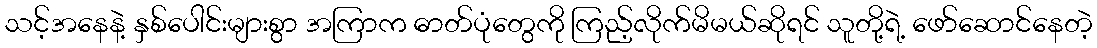
သင့်အနေနဲ့ နှစ်ပေါင်းများစွာ အကြာက ဓာတ်ပုံတွေကို ကြည့်လိုက်မိမယ်ဆိုရင် သူတို့ရဲ့ ဖော်ဆောင်နေတဲ့